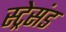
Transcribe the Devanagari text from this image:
स्ट्रेसंड